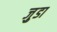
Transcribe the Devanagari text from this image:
जु़डा